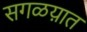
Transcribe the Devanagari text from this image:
सगळय़ात